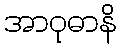
အာဝုဓာနိ